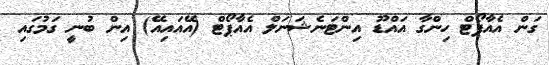
ގަން އެއާޕޯޓް ހިންގާ އައްޑޫ އިންޓަނެޝަނަލް އެއާޕޯޓް (އޭއައިއޭ) އިން ބުނީ ގަމުގައި